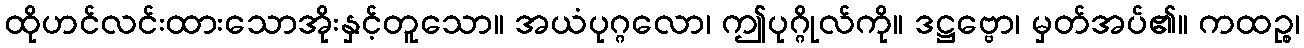
ထိုဟင်လင်းထားသောအိုးနှင့်တူသော။ အယံပုဂ္ဂလော၊ ဤပုဂ္ဂိုလ်ကို။ ဒဋ္ဌဗ္ဗော၊ မှတ်အပ်၏။ ကထဉ္စ၊